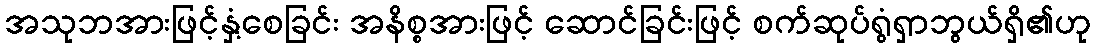
အသုဘအားဖြင့်နှံ့စေခြင်း အနိစ္စအားဖြင့် ဆောင်ခြင်းဖြင့် စက်ဆုပ်ရွံရှာဘွယ်ရှိ၏ဟု